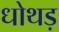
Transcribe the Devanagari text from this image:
धोथड़